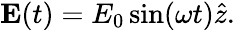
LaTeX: \mathbf{E}(t)=E_{0}\sin(\omega t)\hat{z}.